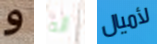
و أنه لأميال